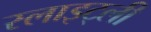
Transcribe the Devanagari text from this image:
स्लाइट्ली